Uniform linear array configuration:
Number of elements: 64
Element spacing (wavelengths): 0.75
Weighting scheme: uniform
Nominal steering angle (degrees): -60
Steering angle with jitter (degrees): -61.022
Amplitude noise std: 0.05
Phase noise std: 0.05

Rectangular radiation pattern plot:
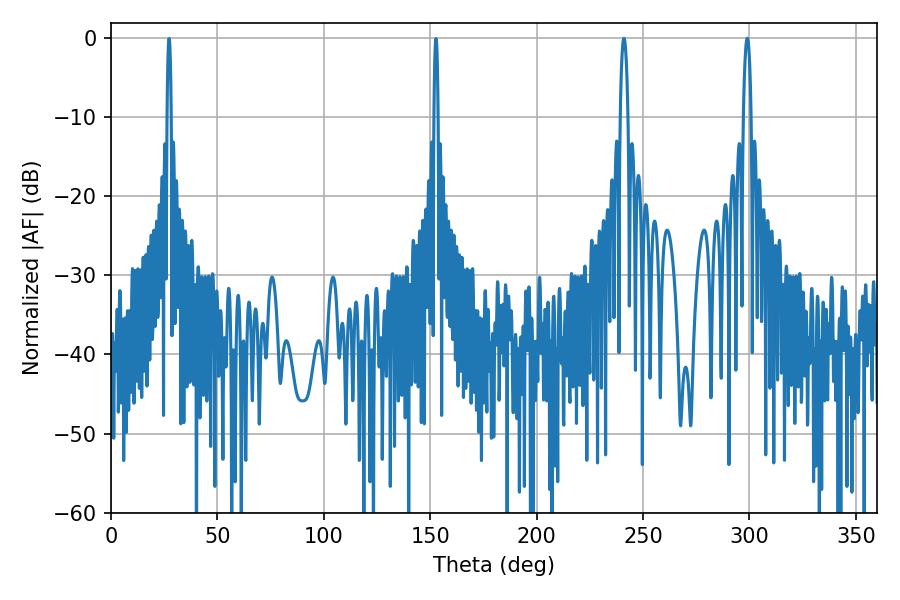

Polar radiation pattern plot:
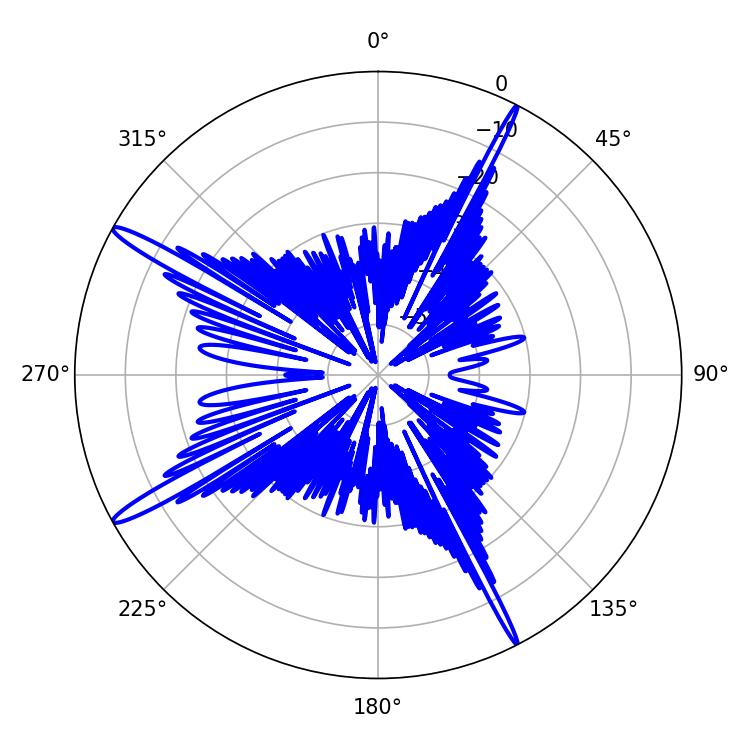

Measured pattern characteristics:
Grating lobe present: TRUE
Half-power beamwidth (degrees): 1.98
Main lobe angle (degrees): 241.02